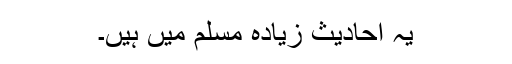
یہ احادیث زیادہ مسلم میں ہیں۔